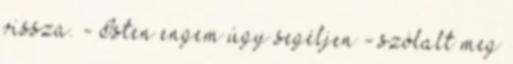
vissza. - Isten engem úgy segéljen - szólalt meg